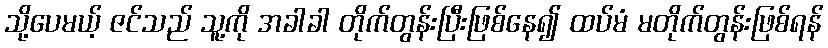
သို့ပေမယ့် ဇင်သည် သူ့ကို အခါခါ တိုက်တွန်းပြီးဖြစ်နေ၍ ထပ်မံ မတိုက်တွန်းဖြစ်ရန်